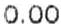
0.00